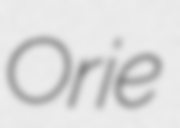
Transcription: Orie